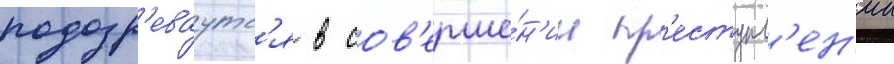
подозр'еваутс'я в сов'ерше́н'ии пр'еступл'ен'ии